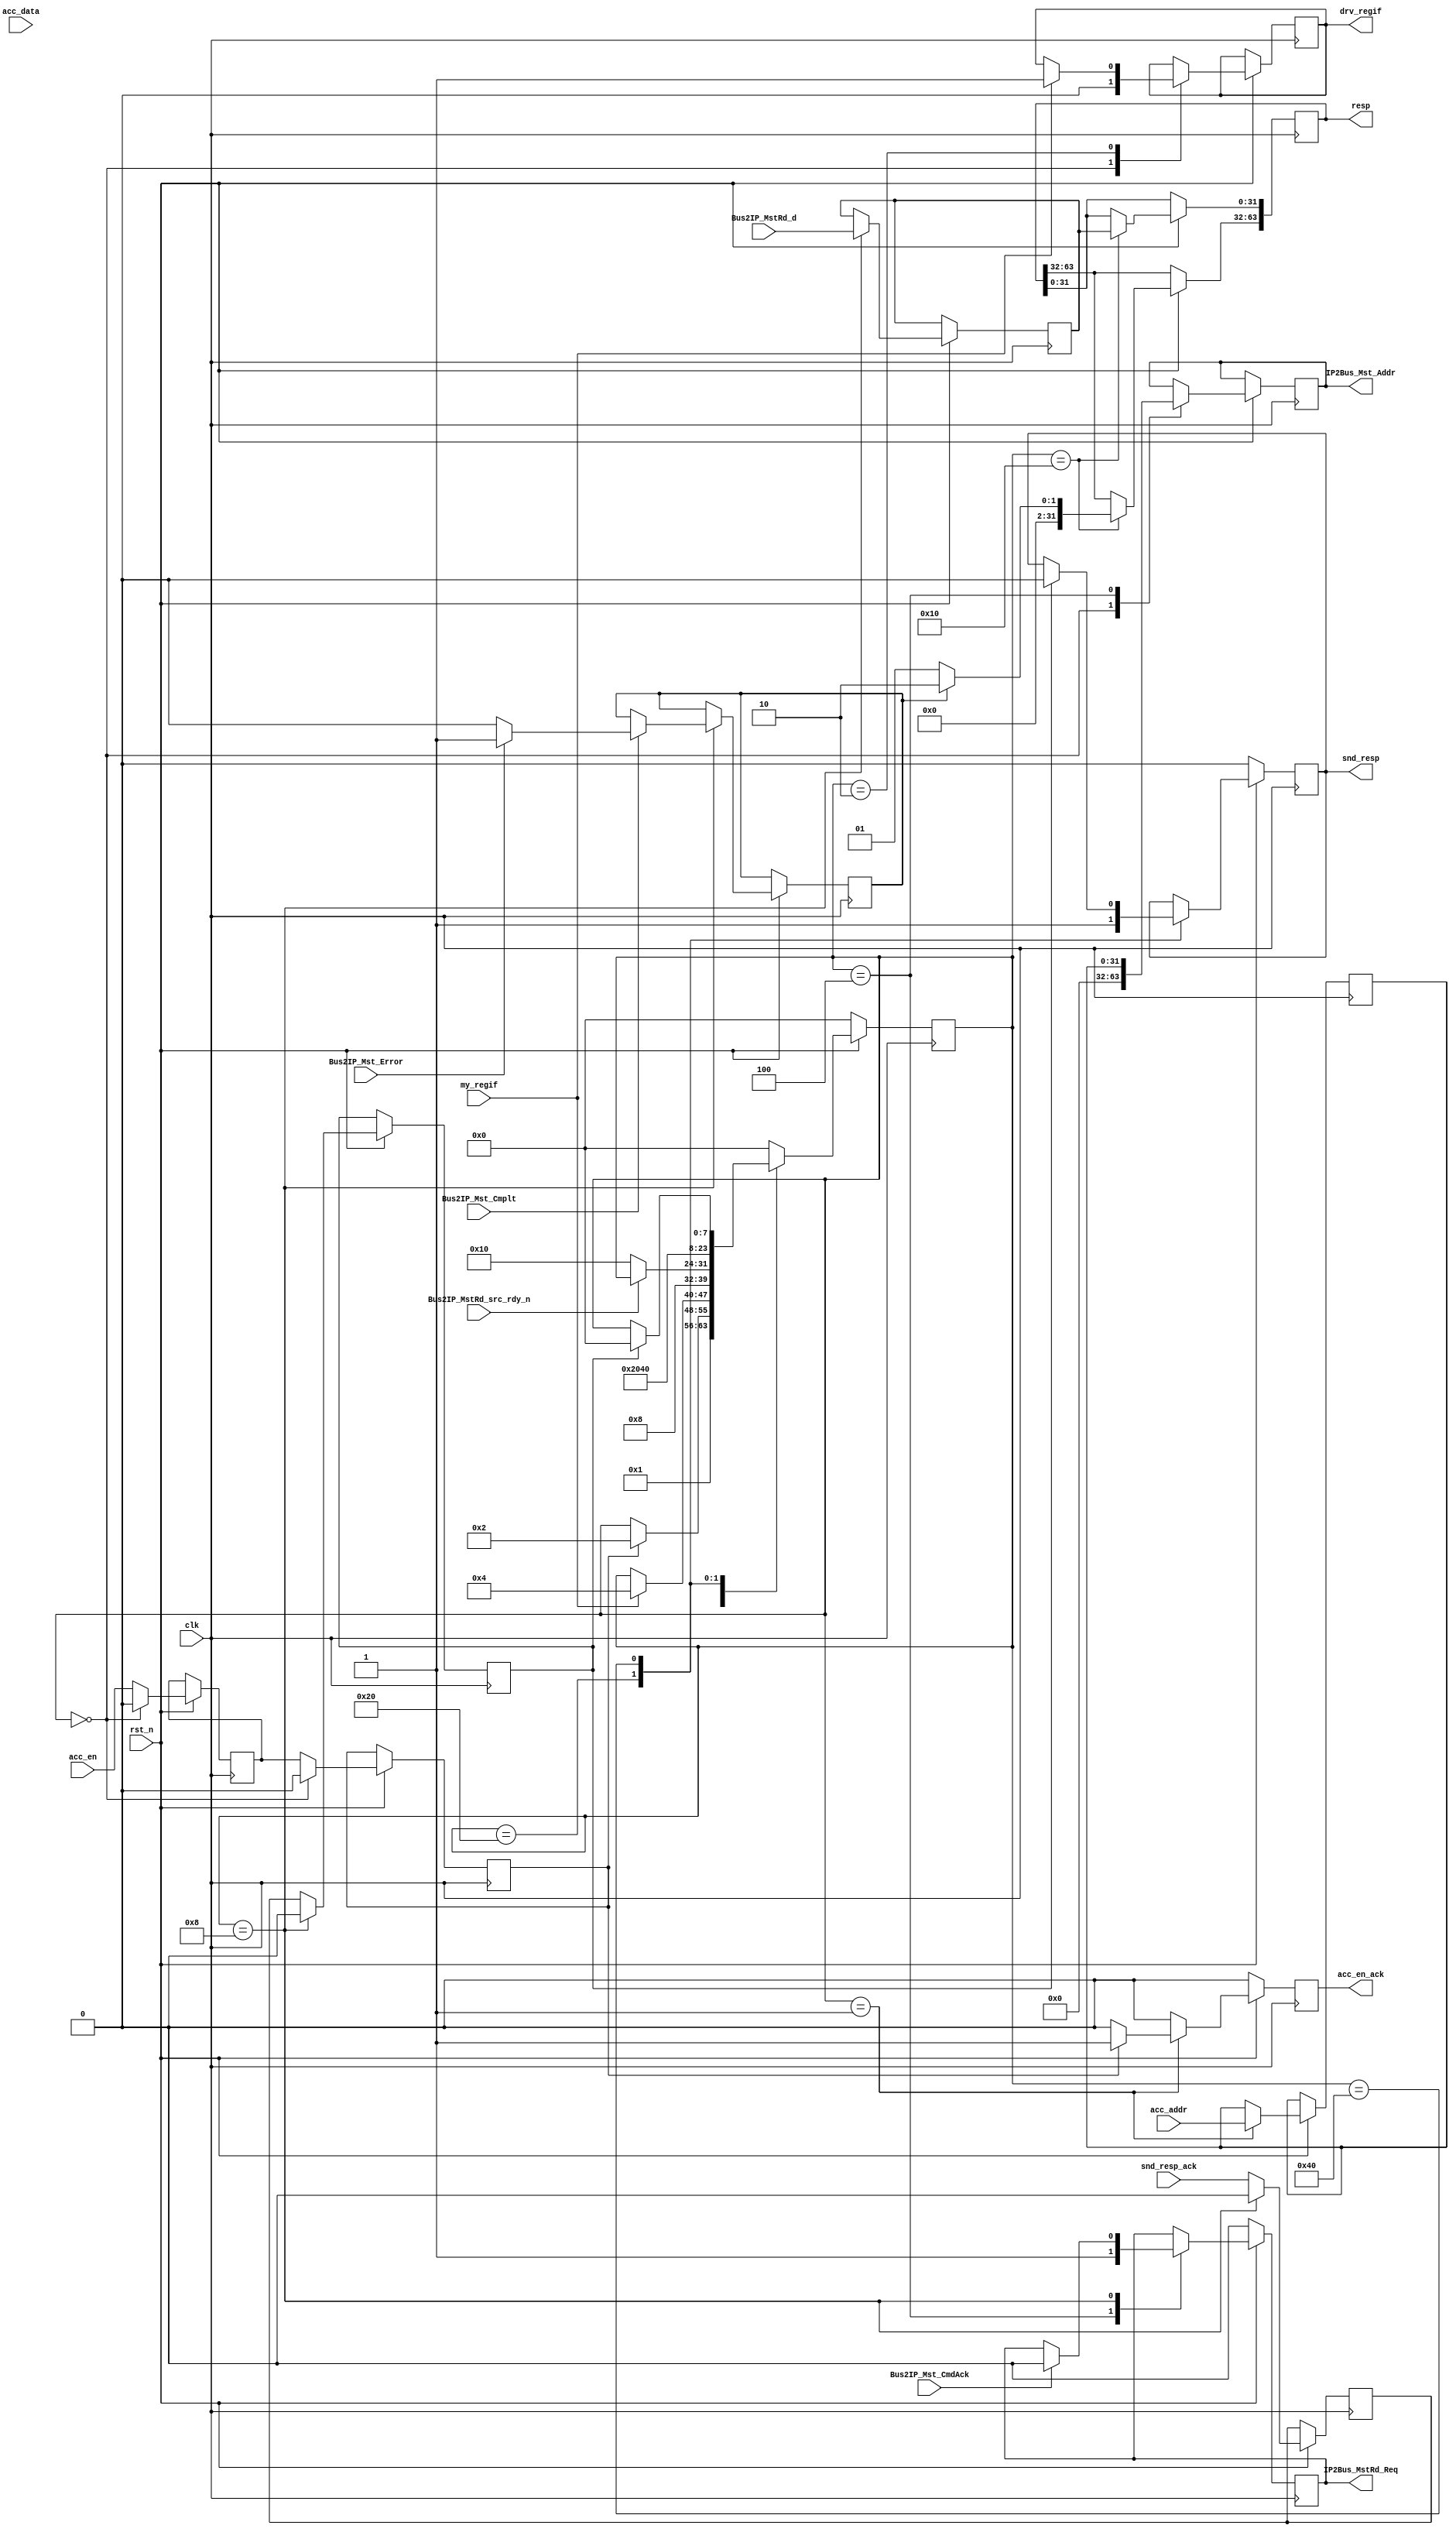
/*******************************************************************************
*
*  NetFPGA-10G http://www.netfpga.org
*
*  File:
*        rd_acc.v
*
*  Project:
*
*
*  Author:
*        Marco Forconesi
*
*  Description:
*        Drives register interface.
*
*
*    This code is initially developed for the Network-as-a-Service (NaaS) project.
*
*  Copyright notice:
*        Copyright (C) 2014 University of Cambridge
*
*  Licence:
*        This file is part of the NetFPGA 10G development base package.
*
*        This file is free code: you can redistribute it and/or modify it under
*        the terms of the GNU Lesser General Public License version 2.1 as
*        published by the Free Software Foundation.
*
*        This package is distributed in the hope that it will be useful, but
*        WITHOUT ANY WARRANTY; without even the implied warranty of
*        MERCHANTABILITY or FITNESS FOR A PARTICULAR PURPOSE.  See the GNU
*        Lesser General Public License for more details.
*
*        You should have received a copy of the GNU Lesser General Public
*        License along with the NetFPGA source package.  If not, see
*        http://www.gnu.org/licenses/.
*
*/

//////////////////////////////////////////////////////////////////////////////////////////////
//////////////////////////////////////////////////////////////////////////////////////////////
`timescale 1ns / 1ps
//`default_nettype none

module rd_acc # (
    parameter ACK_CODE = 32'h1,
    parameter NACK_CODE = 32'h2
    ) (

    input                    clk,
    input                    rst_n,

    // tlp2regif
    input        [31:0]      acc_addr,
    input        [31:0]      acc_data,
    input                    acc_en,
    output reg               acc_en_ack,

    // REGIF
    output reg               IP2Bus_MstRd_Req,
    output reg   [31:0]      IP2Bus_Mst_Addr,
    input                    Bus2IP_Mst_CmdAck,
    input                    Bus2IP_Mst_Cmplt,
    input                    Bus2IP_Mst_Error,
    input        [31:0]      Bus2IP_MstRd_d,
    input                    Bus2IP_MstRd_src_rdy_n,

    // regif2tlp
    output reg               snd_resp,
    input                    snd_resp_ack,
    output reg   [63:0]      resp,

    // REGIF ARB
    input                    my_regif,
    output reg               drv_regif
    );

    // localparam
    localparam s0 = 8'b00000000;
    localparam s1 = 8'b00000001;
    localparam s2 = 8'b00000010;
    localparam s3 = 8'b00000100;
    localparam s4 = 8'b00001000;
    localparam s5 = 8'b00010000;
    localparam s6 = 8'b00100000;
    localparam s7 = 8'b01000000;
    localparam s8 = 8'b10000000;

    //-------------------------------------------------------
    // Local acc
    //-------------------------------------------------------  
    reg          [7:0]       acc_fsm;
    reg                      acc_en_reg0;
    reg                      acc_en_reg1;
    reg          [31:0]      acc_addr_reg;
    reg          [31:0]      acc_data_reg;
    reg                      snd_resp_ack_reg0;
    reg                      snd_resp_ack_reg1;
    reg                      acc_nack;

    ////////////////////////////////////////////////
    // acc
    ////////////////////////////////////////////////
    always @(posedge clk) begin

        if (!rst_n) begin  // rst
            IP2Bus_MstRd_Req <= 1'b0;
            acc_en_ack <= 1'b0;
            snd_resp <= 1'b0;
            acc_fsm <= s0;
        end
        
        else begin  // not rst

            acc_en_ack <= 1'b0;

            acc_en_reg0 <= acc_en;
            acc_en_reg1 <= acc_en_reg0;

            snd_resp_ack_reg0 <= snd_resp_ack;
            snd_resp_ack_reg1 <= snd_resp_ack_reg0;

            case (acc_fsm)

                s0 : begin
                    IP2Bus_Mst_Addr <= 'b0;
                    acc_en_reg0 <= 1'b0;
                    acc_en_reg1 <= 1'b0;
                    drv_regif <= 1'b0;
                    acc_fsm <= s1;
                end

                s1 : begin                                              // wait host access
                    acc_addr_reg <= acc_addr;
                    if (acc_en_reg1) begin
                        acc_en_ack <= 1'b1;
                        acc_fsm <= s2;
                    end
                end

                s2 : begin
                    if (my_regif) begin
                        drv_regif <= 1'b1;
                        acc_fsm <= s3;
                    end
                end

                s3 : begin
                    IP2Bus_MstRd_Req <= 1'b1;
                    IP2Bus_Mst_Addr <= acc_addr_reg;
                    acc_fsm <= s4;
                end

                s4 : begin
                    snd_resp_ack_reg0 <= 1'b0;
                    snd_resp_ack_reg1 <= 1'b0;
                    acc_data_reg <= Bus2IP_MstRd_d;
                    if (Bus2IP_Mst_CmdAck) begin
                        IP2Bus_MstRd_Req <= 1'b0;
                    end
                    if (Bus2IP_Mst_Cmplt) begin
                        if (Bus2IP_Mst_Error) begin
                            acc_nack <= 1'b1;
                        end
                        else begin
                            acc_nack <= 1'b0;
                        end
                    end
                    if (!Bus2IP_MstRd_src_rdy_n) begin
                        acc_fsm <= s5;
                    end
                end

                s5 : begin
                    resp[31:0] <= acc_data_reg;
                    resp[63:32] <= acc_nack ? NACK_CODE : ACK_CODE;
                    acc_fsm <= s6;
                end

                s6 : begin
                    snd_resp <= 1'b1;
                    acc_fsm <= s7;
                end

                s7 : begin
                    if (snd_resp_ack_reg1) begin
                        snd_resp <= 1'b0;
                        acc_fsm <= s0;
                    end
                end

                default : begin
                    acc_fsm <= s0;
                end

            endcase
        end     // not rst
    end  //always

endmodule // rd_acc

//////////////////////////////////////////////////////////////////////////////////////////////
//////////////////////////////////////////////////////////////////////////////////////////////